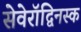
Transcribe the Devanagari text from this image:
सेवेरॉद्विनस्क